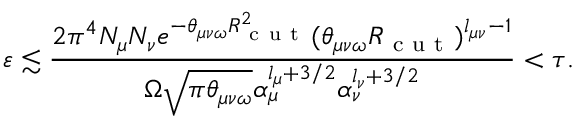
\varepsilon \lesssim \frac { 2 \pi ^ { 4 } N _ { \mu } N _ { \nu } e ^ { - \theta _ { \mu \nu \omega } R _ { \mathrm { ~ c ~ u ~ t ~ } } ^ { 2 } } ( \theta _ { \mu \nu \omega } R _ { \mathrm { ~ c ~ u ~ t ~ } } ) ^ { l _ { \mu \nu } - 1 } } { \Omega \sqrt { \pi \theta _ { \mu \nu \omega } } \alpha _ { \mu } ^ { l _ { \mu } + 3 / 2 } \alpha _ { \nu } ^ { l _ { \nu } + 3 / 2 } } < \tau .